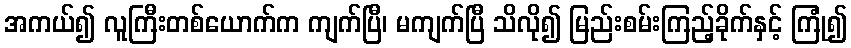
အကယ်၍ လူကြီးတစ်ယောက်က ကျက်ပြီ၊ မကျက်ပြီ သိလို၍ မြည်းစမ်းကြည့်ခိုက်နှင့် ကြုံ၍